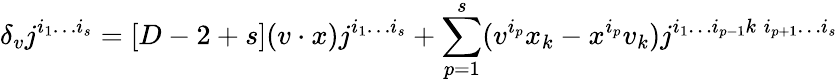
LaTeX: \delta_{v}j^{i_{1}\ldots i_{s}}=[D-2+s](v\cdot x)j^{i_{1}\ldots i_{s}}+\sum_{p=1}^{s}(v^{i_{p}}x_{k}-x^{i_{p}}v_{k})j^{i_{1}\ldots i_{p-1}k\; i_{p+1}\ldots i_{s}}